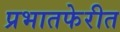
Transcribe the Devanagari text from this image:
प्रभातफेरीत